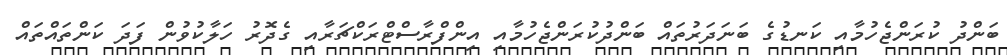
ބަންދު ކުރަންޖެހުމާއި ކަނޑުގެ ބަނަދަރުތައް ބަންދުކުރަންޖެހުމާއި އިންފްރާސްޓްރަކްޗަރާއި ގެދޮރު ހަލާކުވުން ފަދަ ކަންތައްތައް